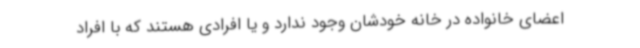
اعضای خانواده در خانه خودشان وجود ندارد و یا افرادی هستند که با افراد